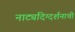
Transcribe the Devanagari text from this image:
नाट्यदिग्दर्शनाची